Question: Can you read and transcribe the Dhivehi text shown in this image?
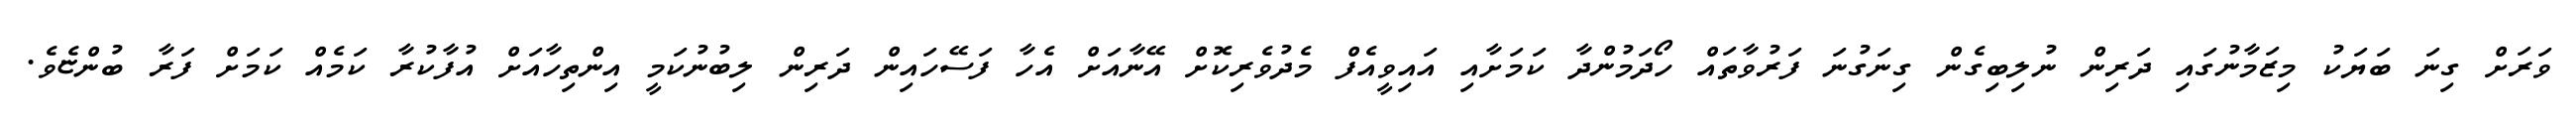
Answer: ވަރަށް ގިނަ ބަޔަކު މިޒަމާނުގައި ދަރިން ނުލިބިގެން ގިނަގުނަ ފަރުވާތައް ހޯދަމުންދާ ކަމަށާއި އައިވީއެފް މެދުވެރިކޮށް އޭނާއަށް އެހާ ފަސޭހައިން ދަރިން ލިބުނުކަމީ އިންތިހާއަށް އުފާކުރާ ކަމެއް ކަމަށް ފަރާ ބުންޏެވެ.